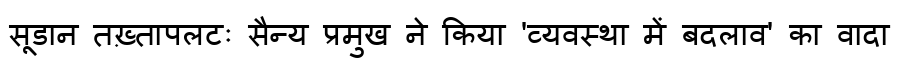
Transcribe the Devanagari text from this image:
सूडान तख़्तापलटः सैन्य प्रमुख ने किया 'व्यवस्था में बदलाव' का वादा